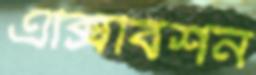
এক্সিবিশন